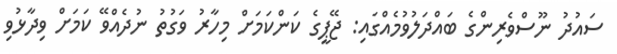
ސައުދު ނޫސްވެރިންގެ ބައްދަލުވުމެއްގައި: ޖޭޕީގެ ކަންކަމަށް މިހާރު ވަގުތު ނުދެއްވޭ ކަމަށް ވިދާޅުވި